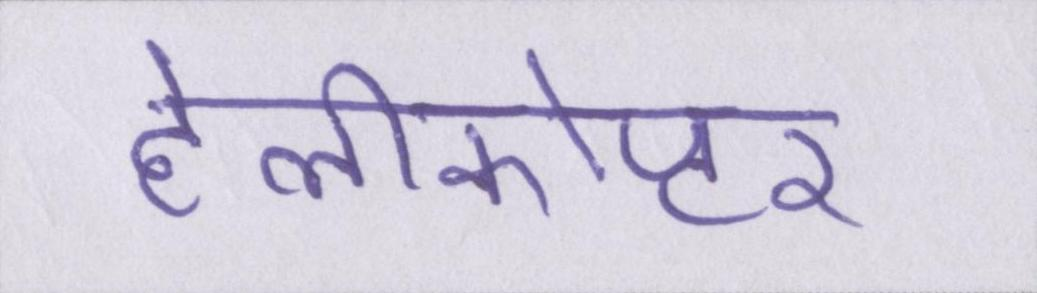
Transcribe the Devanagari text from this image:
हेलीकोप्टर